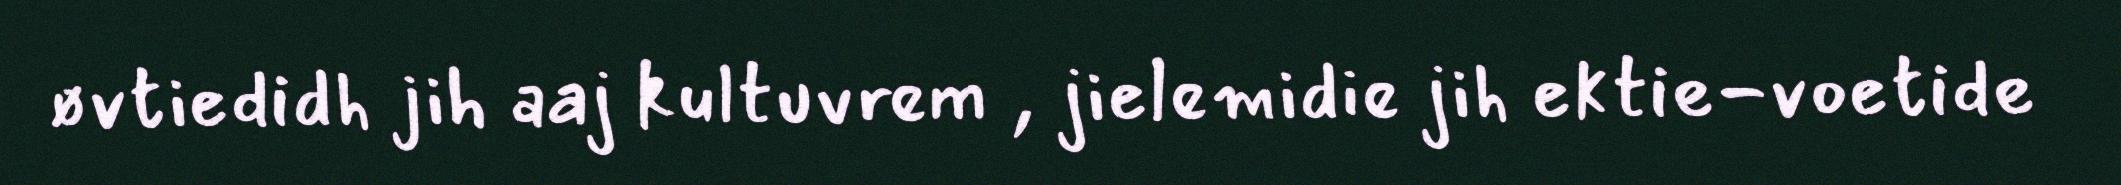
øvtiedidh jih aaj kultuvrem , jielemidie jih ektie-voetide